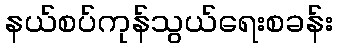
နယ်စပ်ကုန်သွယ်ရေးစခန်း